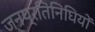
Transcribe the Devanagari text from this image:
जनप्रतिनिघियों